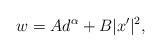
LaTeX: \begin{align*}w=Ad^{\alpha}+B|x'|^{2},\end{align*}